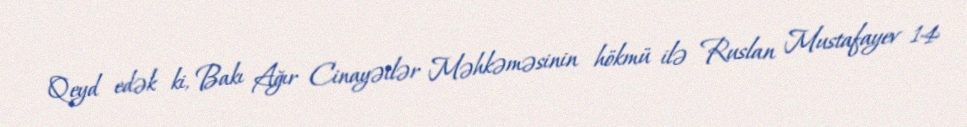
Qeyd edək ki, Bakı Ağır Cinayətlər Məhkəməsinin hökmü ilə Ruslan Mustafayev 14